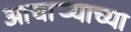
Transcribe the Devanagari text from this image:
आचार्‍याच्या